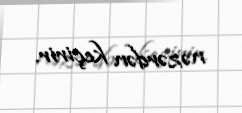
nəzərdən keçirir.